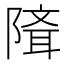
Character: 𨻕